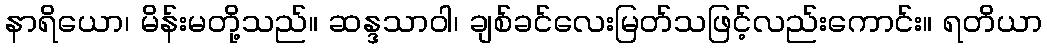
နာရိယော၊ မိန်းမတို့သည်။ ဆန္ဒသာဝါ၊ ချစ်ခင်လေးမြတ်သဖြင့်လည်းကောင်း။ ရတိယာ